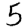
Digit: 5